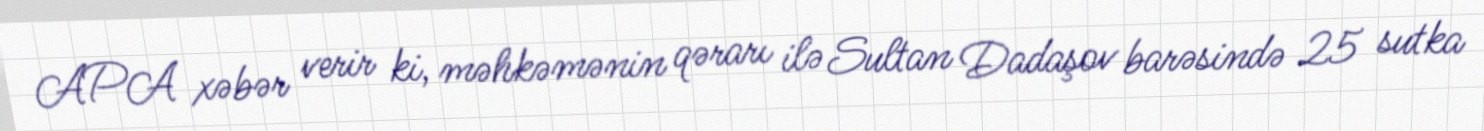
APA xəbər verir ki, məhkəmənin qərarı ilə Sultan Dadaşov barəsində 25 sutka